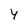
Character: Y